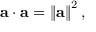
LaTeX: \mathbf { a } \cdot \mathbf { a } = \left\| \mathbf { a } \right\| ^ { 2 } ,